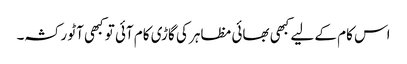
اس کام کے لیے کبھی بھائی مظاہر کی گاڑی کام آئی تو کبھی آٹو رکشہ۔